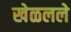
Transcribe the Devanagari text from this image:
खेळलले